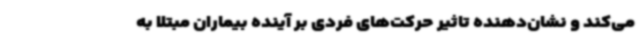
می‌کند و نشان‌دهنده تاثیر حرکت‌های فردی بر آینده بیماران مبتلا به